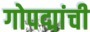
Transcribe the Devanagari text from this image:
गोपद्मांची